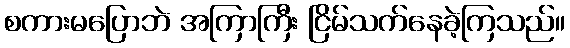
စကားမပြောဘဲ အကြာကြီး ငြိမ်သက်နေခဲ့ကြသည်။